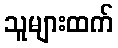
သူများထက်